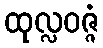
ထုလ္လဝဇ္ဇံ